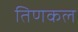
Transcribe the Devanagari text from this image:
तिणकल